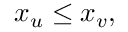
x _ { u } \le x _ { v } ,